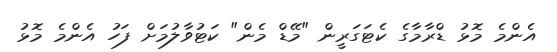
އެންމެ މޮޅު ޑްރާމާގެ ކެޓަގަރީން "މޭޑް މެން" ކަޓުވާލުމަށް ފަހު އެންމެ މޮޅު